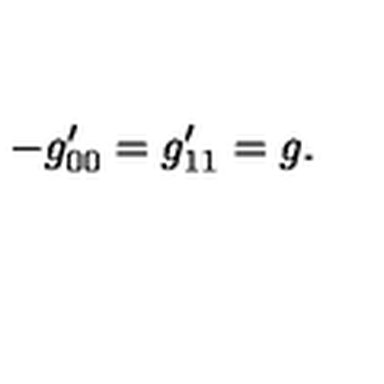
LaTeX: - g _ { 0 0 } ^ { \prime } = g _ { 1 1 } ^ { \prime } = g .